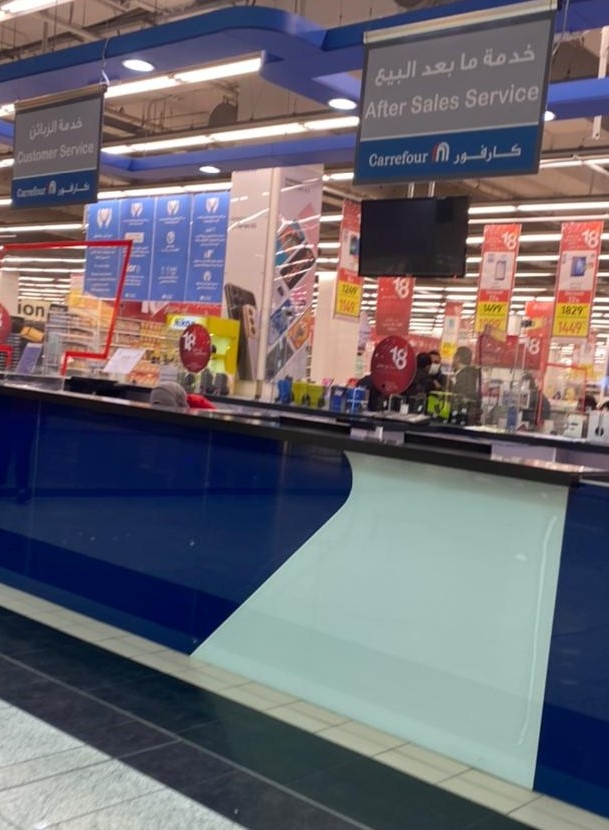
Text in image: ###خدمة ما بعد البيع خدمة الزبائن كارفور Service Sales After Service Customer Carrefour ion